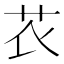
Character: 𰰧